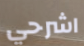
اشرحي